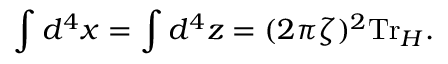
\int d ^ { 4 } x = \int d ^ { 4 } z = ( 2 \pi \zeta ) ^ { 2 } \mathrm { T r } _ { \cal H } .